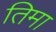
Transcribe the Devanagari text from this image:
तिमा